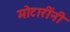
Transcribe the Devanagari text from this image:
मोटारींनी